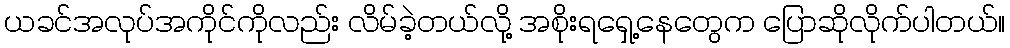
ယခင်အလုပ်အကိုင်ကိုလည်း လိမ်ခဲ့တယ်လို့ အစိုးရရှေ့နေတွေက ပြောဆိုလိုက်ပါတယ်။